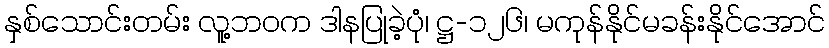
နှစ်သောင်းတမ်း လူ့ဘဝက ဒါနပြုခဲ့ပုံ၊ ဋ္ဌ-၁၂၆၊ မကုန်နိုင်မခန်းနိုင်အောင်